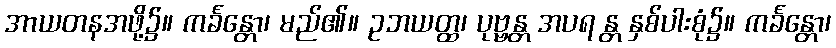
အာယတနအဖို့၌။ ကင်္ခန္တော၊ မည်၏။ ဥဘယတ္ထ၊ ပုဗ္ဗန္တ အပရ န္တ နှစ်ပါးစုံ၌။ ကင်္ခန္တော၊